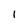
Character: l